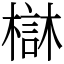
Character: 㯎